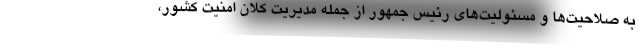
به صلاحیت‌ها و مسئولیت‌های رئیس جمهور از جمله مدیریت کلان امنیت کشور،